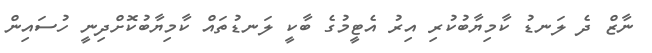
ނާޒް ދެ ލަނޑު ކާމިޔާބުކުރި އިރު އެޓީމުގެ ބާކީ ލަނޑުތައް ކާމިޔާބުކޮށްދިނީ ހުސައިން